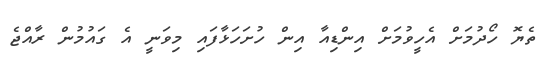
ތެޔޮ ހޯދުމަށް އެހީވުމަށް އިންޑިއާ އިން ހުށަހަޅާފައި މިވަނީ އެ ގައުމުން ރާއްޖެ